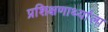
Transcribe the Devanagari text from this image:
प्रशिक्षणार्थ्याला